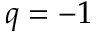
q = - 1